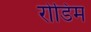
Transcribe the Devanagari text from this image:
रोडिम